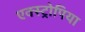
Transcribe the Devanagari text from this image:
एक्स्ट्रोपिया